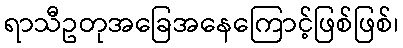
ရာသီဥတုအခြေအနေကြောင့်ဖြစ်ဖြစ်၊